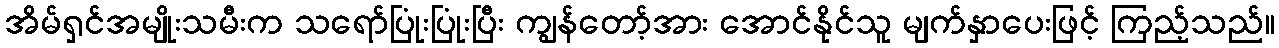
အိမ်ရှင်အမျိုးသမီးက သရော်ပြုံးပြုံးပြီး ကျွန်တော့်အား အောင်နိုင်သူ မျက်နှာပေးဖြင့် ကြည့်သည်။